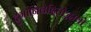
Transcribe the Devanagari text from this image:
दुर्गानिवेदितोद्भावो